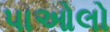
પાઓલો